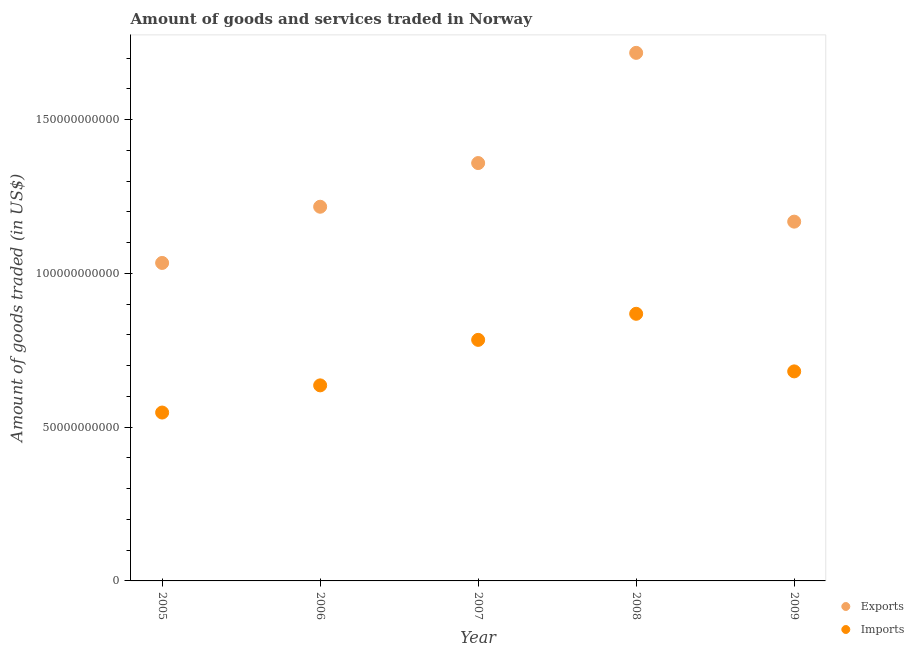
| Year | Exports | Imports |
 | --- | --- | --- |
 | 2005 | 1.03e+11 | 5.47e+10 |
 | 2006 | 1.22e+11 | 6.36e+10 |
 | 2007 | 1.36e+11 | 7.84e+10 |
 | 2008 | 1.72e+11 | 8.68e+10 |
 | 2009 | 1.17e+11 | 6.81e+10 |